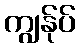
ကျွန်ုပ်